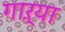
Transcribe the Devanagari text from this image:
गाऱ्या